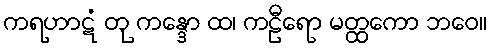
ကရဟာဋံ တု ကန္ဒော ထ၊ ကဠီရော မတ္ထကော ဘဝေ။